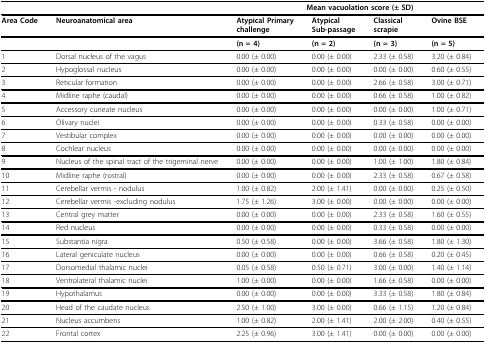
<table><thead><tr><td></td><td></td><td colspan="4"><b>Mean vacuolation score (± SD)</b></td></tr></thead><tbody><tr><td><b>Area Code</b></td><td><b>Neuroanatomical area</b></td><td><b>Atypical Primary challenge</b></td><td><b>Atypical Sub-passage</b></td><td><b>Classical scrapie</b></td><td><b>Ovine BSE</b></td></tr><tr><td></td><td></td><td><b>(n = 4)</b></td><td><b>(n = 2)</b></td><td><b>(n = 3)</b></td><td><b>(n = 5)</b></td></tr><tr><td>1</td><td>Dorsal nucleus of the vagus</td><td>0.00 (± 0.00)</td><td>0.00 (± 0.00)</td><td>2.33 (± 0.58)</td><td>3.20 (± 0.84)</td></tr><tr><td>2</td><td>Hypoglossal nucleus</td><td>0.00 (± 0.00)</td><td>0.00 (± 0.00)</td><td>0.00 (± 0.00)</td><td>0.60 (± 0.55)</td></tr><tr><td>3</td><td>Reticular formation</td><td>0.00 (± 0.00)</td><td>0.00 (± 0.00)</td><td>2.66 (± 0.58)</td><td>3.00 (± 0.71)</td></tr><tr><td>4</td><td>Midline raphe (caudal)</td><td>0.00 (± 0.00)</td><td>0.00 (± 0.00)</td><td>0.66 (± 0.58)</td><td>1.00 (± 0.82)</td></tr><tr><td>5</td><td>Accessory cuneate nucleus</td><td>0.00 (± 0.00)</td><td>0.00 (± 0.00)</td><td>0.00 (± 0.00)</td><td>1.00 (± 0.71)</td></tr><tr><td>6</td><td>Olivary nuclei</td><td>0.00 (± 0.00)</td><td>0.00 (± 0.00)</td><td>0.33 (± 0.58)</td><td>0.00 (± 0.00)</td></tr><tr><td>7</td><td>Vestibular complex</td><td>0.00 (± 0.00)</td><td>0.00 (± 0.00)</td><td>0.00 (± 0.00)</td><td>0.00 (± 0.00)</td></tr><tr><td>8</td><td>Cochlear nucleus</td><td>0.00 (± 0.00)</td><td>0.00 (± 0.00)</td><td>0.00 (± 0.00)</td><td>0.00 (± 0.00)</td></tr><tr><td>9</td><td>Nucleus of the spinal tract of the trigeminal nerve</td><td>0.00 (± 0.00)</td><td>0.00 (± 0.00)</td><td>1.00 (± 1.00)</td><td>1.80 (± 0.84)</td></tr><tr><td>10</td><td>Midline raphe (rostral)</td><td>0.00 (± 0.00)</td><td>0.00 (± 0.00)</td><td>2.33 (± 0.58)</td><td>0.67 (± 0.58)</td></tr><tr><td>11</td><td>Cerebellar vermis - nodulus</td><td>1.00 (± 0.82)</td><td>2.00 (± 1.41)</td><td>0.00 (± 0.00)</td><td>0.25 (± 0.50)</td></tr><tr><td>12</td><td>Cerebellar vermis -excluding nodulus</td><td>1.75 (± 1.26)</td><td>3.00 (± 0.00)</td><td>0.00 (± 0.00)</td><td>0.00 (± 0.00)</td></tr><tr><td>13</td><td>Central grey matter</td><td>0.00 (± 0.00)</td><td>0.00 (± 0.00)</td><td>2.33 (± 0.58)</td><td>1.60 (± 0.55)</td></tr><tr><td>14</td><td>Red nucleus</td><td>0.00 (± 0.00)</td><td>0.00 (± 0.00)</td><td>0.33 (± 0.58)</td><td>0.00 (± 0.00)</td></tr><tr><td>15</td><td>Substantia nigra</td><td>0.50 (± 0.58)</td><td>0.00 (± 0.00)</td><td>3.66 (± 0.58)</td><td>1.80 (± 1.30)</td></tr><tr><td>16</td><td>Lateral geniculate nucleus</td><td>0.00 (± 0.00)</td><td>0.00 (± 0.00)</td><td>0.66 (± 0.58)</td><td>0.20 (± 0.45)</td></tr><tr><td>17</td><td>Dorsomedial thalamic nuclei</td><td>0.05 (± 0.58)</td><td>0.50 (± 0.71)</td><td>3.00 (± 0.00)</td><td>1.40 (± 1.14)</td></tr><tr><td>18</td><td>Ventrolateral thalamic nuclei</td><td>1.00 (± 0.00)</td><td>0.00 (± 0.00)</td><td>1.66 (± 0.58)</td><td>0.00 (± 0.00)</td></tr><tr><td>19</td><td>Hypothalamus</td><td>0.00 (± 0.00)</td><td>0.00 (± 0.00)</td><td>3.33 (± 0.58)</td><td>1.80 (± 0.84)</td></tr><tr><td>20</td><td>Head of the caudate nucleus</td><td>2.50 (± 1.00)</td><td>3.00 (± 0.00)</td><td>0.66 (± 1.15)</td><td>1.20 (± 0.84)</td></tr><tr><td>21</td><td>Nucleus accumbens</td><td>1.00 (± 0.82)</td><td>2.00 (± 1.41)</td><td>2.00 (± 2.00)</td><td>0.40 (± 0.55)</td></tr><tr><td>22</td><td>Frontal cortex</td><td>2.25 (± 0.96)</td><td>3.00 (± 1.41)</td><td>0.00 (± 0.00)</td><td>0.00 (± 0.00)</td></tr></tbody></table>